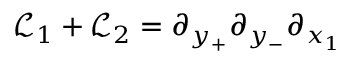
\mathcal { L } _ { 1 } + \mathcal { L } _ { 2 } = \partial _ { y _ { + } } \partial _ { y _ { - } } \partial _ { x _ { 1 } }